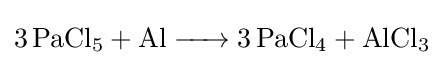
{\ce {3PaCl5 + Al -> 3PaCl4 + AlCl3}}